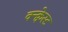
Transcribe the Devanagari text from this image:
क्न्क्वेस्ट